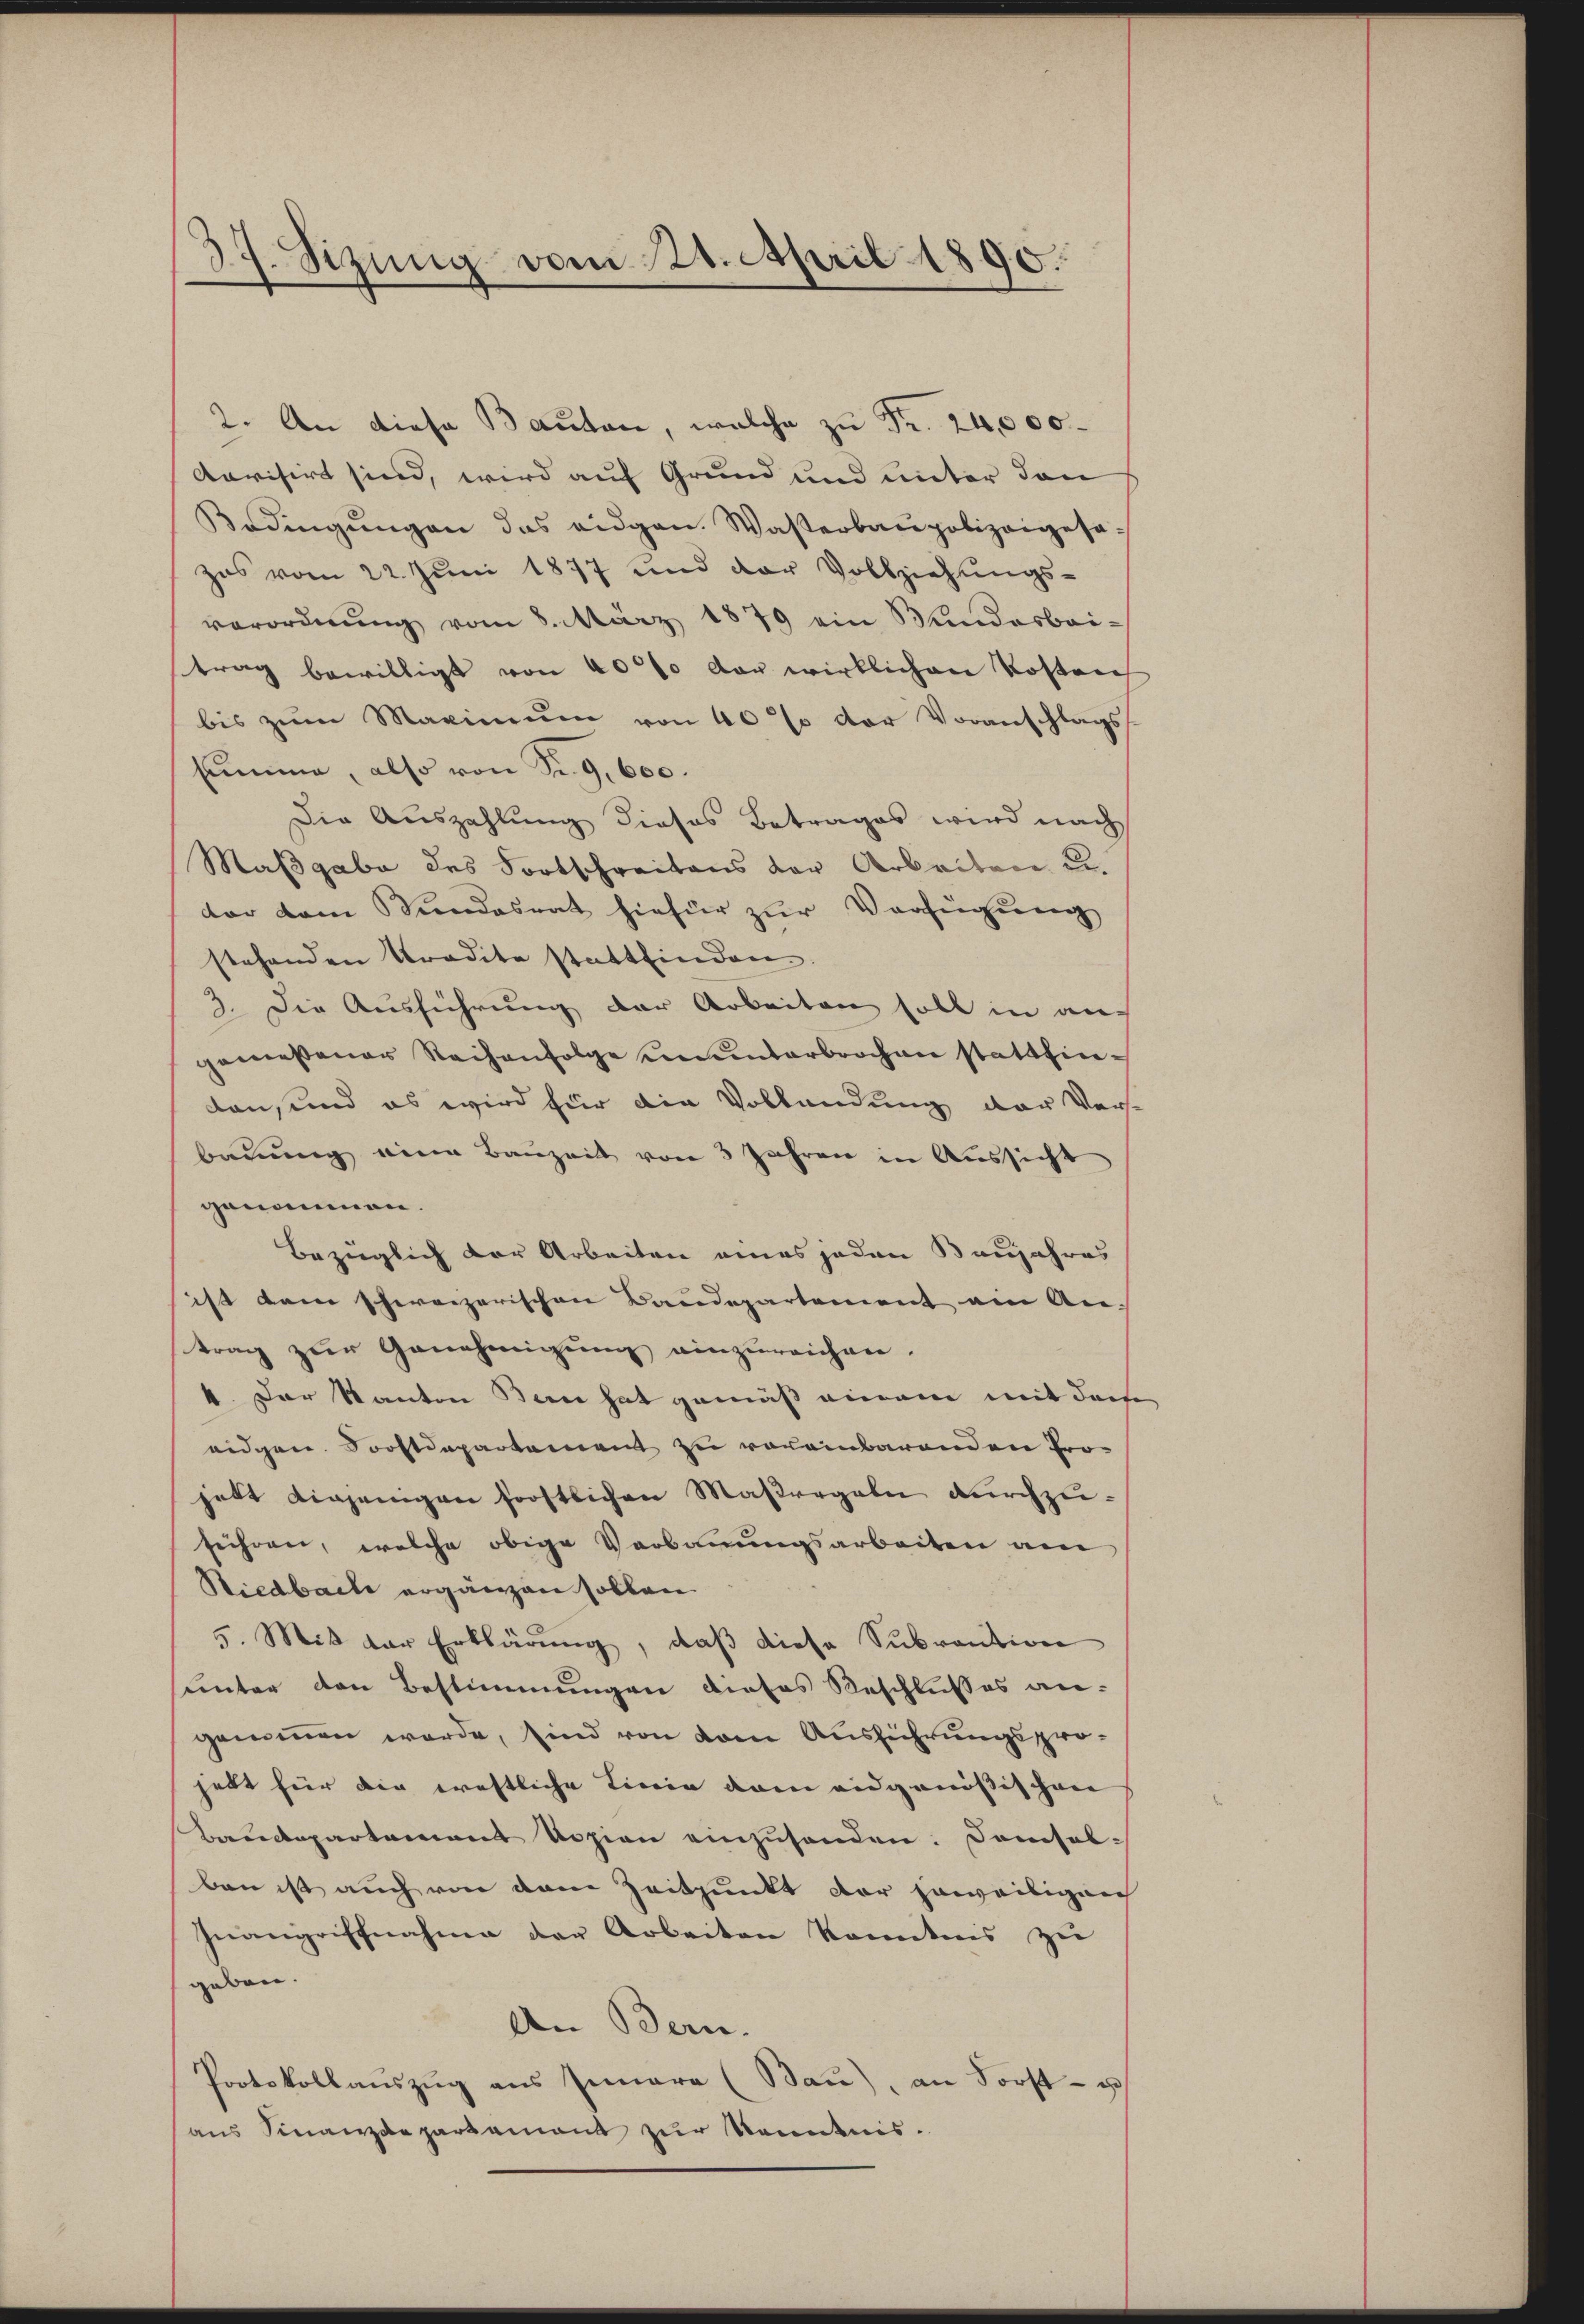
37. Sizung vom 24. April 1890.

2. An diese Bauten, welche zu Fr. 24,000.
Aavisirt sind, wird auf Grund und unter den
Bedingŭngen das eidgen. Wasserbaupolizeigesa-
zes vom 22. Juni 1877 und der Vollziehungs-
verordnŭng vom 8. März 1879 ein Wundesbai-
trag bewilligt von 40% der wirklichen Kosten
bis zum Maximum von 40% der Voranschlags
summe, also von Sr. 9. 600.
Die Auszahlung dieses Betrages wird nach
Maßgabe des Fortschreitens der Arbeiten u.
dar vom Stundesrat hiefür zŭr Verfügung
stehenden Tradite stattfinden.
3. Die Ausführung der Arbeiten soll in auch
gemessener Reihenfolge ununterbrochen stattfindan, und es wird für die Vollendung der Ver
bauung eine Bauzeit von 3 Jahren in Aussicht
genommen.
Bezüglich der Arbeiten eines jeden Baujahres
ist dem schweizerischen Baudepartement ein An-
trag zur Genehmigung einzureichnen.
4. Der Kanton Bern hat gemäß einem mit der
eidgen. Sorstdepartement zu vereinbarenden Pro-
jett diejenigen forstlichen Maßregeln durchzuführen, welche obige Verbauungsarbeiten am
Stiedbach ergänzen sollen.
5. Mit der Erklärung, daß diese Subvention
sunter den Bestimmungen dieses Beschlusses angenommen werde, sind von vom Ausführungspro-
hebt für die ernstliche Linie dem eidgenössischen
Baudepartement Sozion einzusenden. Comisolban ist auch von dem Zeitpunkt der jeweiligen
Inangriffnahme der Arbeiten konntnis zu
geben.
An Bern.
Protokollauszug aus Innara (Bau), an Forst- u
aus Finanzdepartement zur Kenntnis.

.
e
e